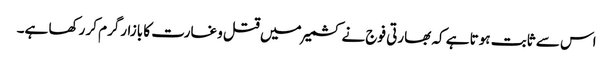
اس سے ثابت ہوتا ہے کہ بھارتی فوج نے کشمیر میں قتل وغارت کا بازارگرم کر رکھا ہے۔